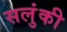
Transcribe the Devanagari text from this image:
सलुंकी